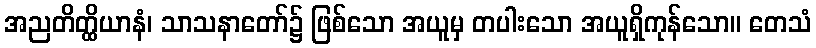
အညတိတ္ထိယာနံ၊ သာသနာတော်၌ ဖြစ်သော အယူမှ တပါးသော အယူရှိကုန်သော။ တေသံ